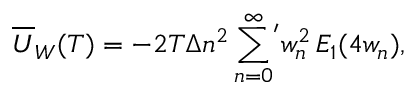
\overline { { { U } } } _ { W } ( T ) = - 2 T \Delta n ^ { 2 } \sum _ { n = 0 } ^ { \infty } \! { } ^ { ' } w _ { n } ^ { 2 } \, E _ { 1 } ( 4 w _ { n } ) { , }